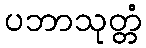
ပဘာသုတ္တံ